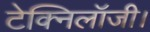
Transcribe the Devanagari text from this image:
टेक्निलॉजी।